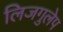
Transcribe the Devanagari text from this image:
लिजगुलेप